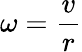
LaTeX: \omega={\frac{v}{r}}